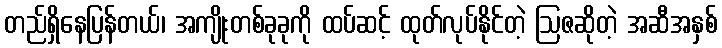
တည်ရှိနေပြန်တယ်၊ အကျိုးတစ်ခုခုကို ထပ်ဆင့် ထုတ်လုပ်နိုင်တဲ့ ဩဇဆိုတဲ့ အဆီအနှစ်